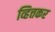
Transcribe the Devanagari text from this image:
व्हित्तकर